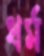
ধর্ম